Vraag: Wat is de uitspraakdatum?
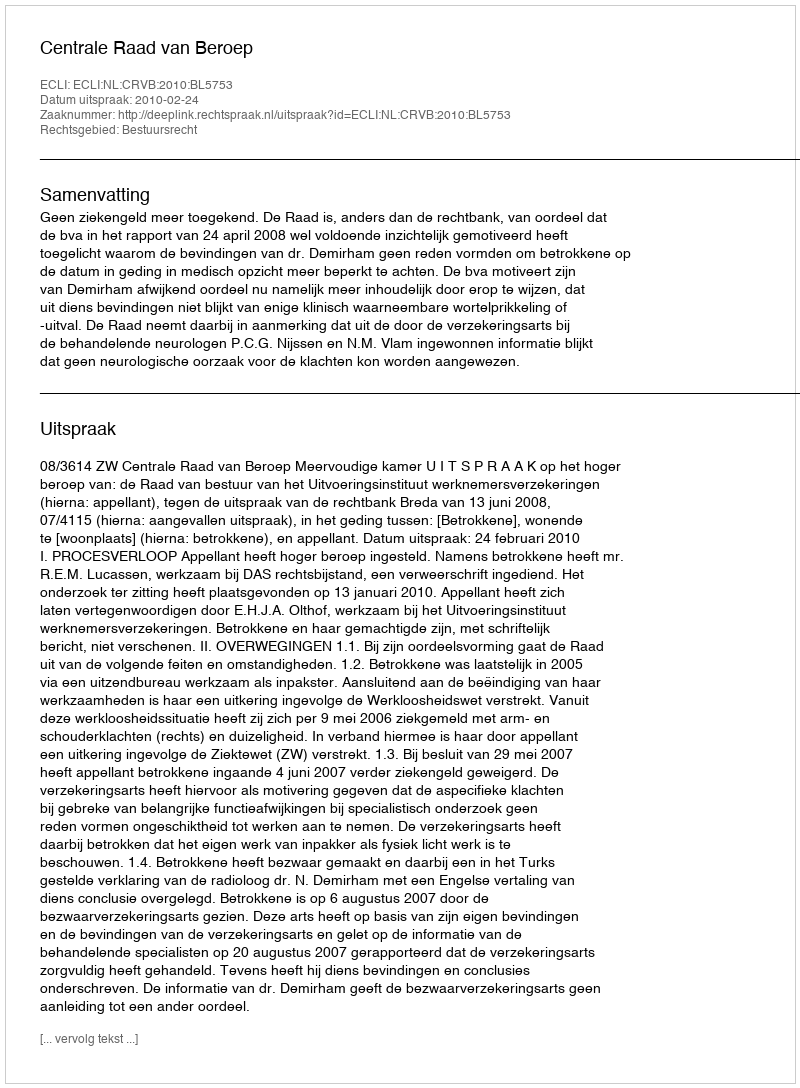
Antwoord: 2010-02-24